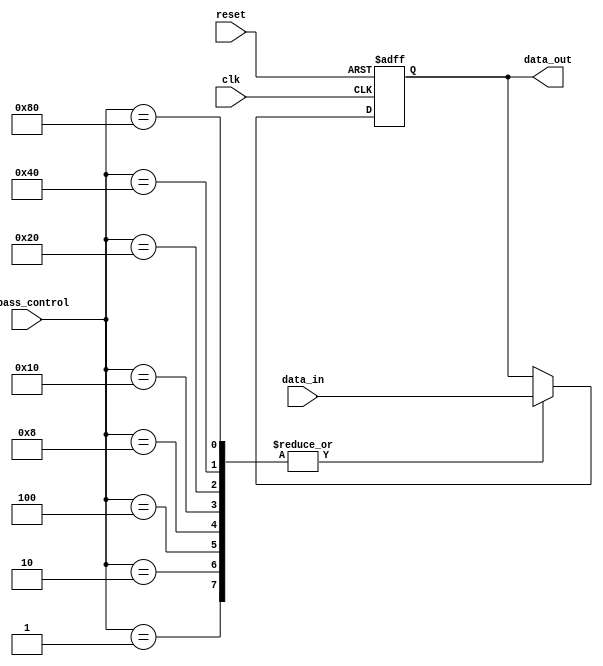
module bypass_register (
    input [7:0] bypass_control,
    input wire clk,
    input wire reset,
    input wire data_in,
    output wire data_out
);

reg [7:0] bypassed_data;

always @(posedge clk or posedge reset) begin
    if (reset) begin
        bypassed_data <= 8'b00000000;
    end else begin
        case (bypass_control)
            8'b00000001: bypassed_data <= data_in; // Bypass path 1
            8'b00000010: bypassed_data <= data_in; // Bypass path 2
            8'b00000100: bypassed_data <= data_in; // Bypass path 3
            8'b00001000: bypassed_data <= data_in; // Bypass path 4
            8'b00010000: bypassed_data <= data_in; // Bypass path 5
            8'b00100000: bypassed_data <= data_in; // Bypass path 6
            8'b01000000: bypassed_data <= data_in; // Bypass path 7
            8'b10000000: bypassed_data <= data_in; // Bypass path 8
            default: bypassed_data <= data_out; // No bypass
        endcase
    end
end

assign data_out = bypassed_data;

endmodule